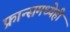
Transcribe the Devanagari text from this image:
फ्रान्समध्येही